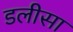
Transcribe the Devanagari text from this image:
डलीसा